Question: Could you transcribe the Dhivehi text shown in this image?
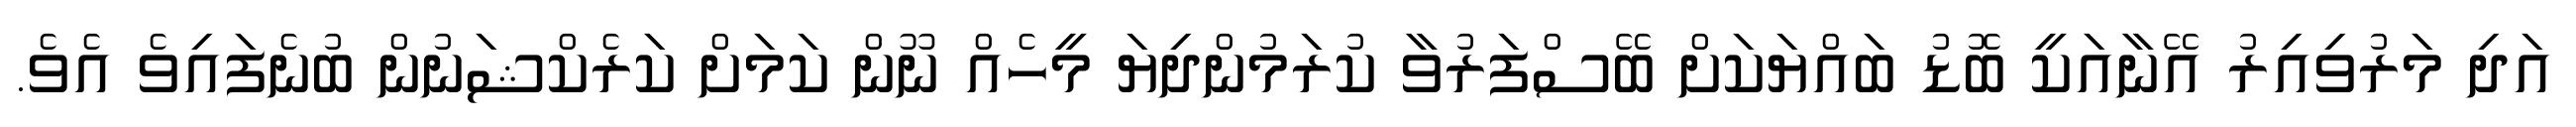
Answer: އަދި މަރުވިއިރު އޭނާއަކީ ބޮޑު ބައްޔަކަށް ބޭސްފަރުވާ ކުރަމުންދިޔަ މީހެއް ނޫން ކަމަށް ކަރެކްޝަނުން ބުނެފައިވެ އެވެ.